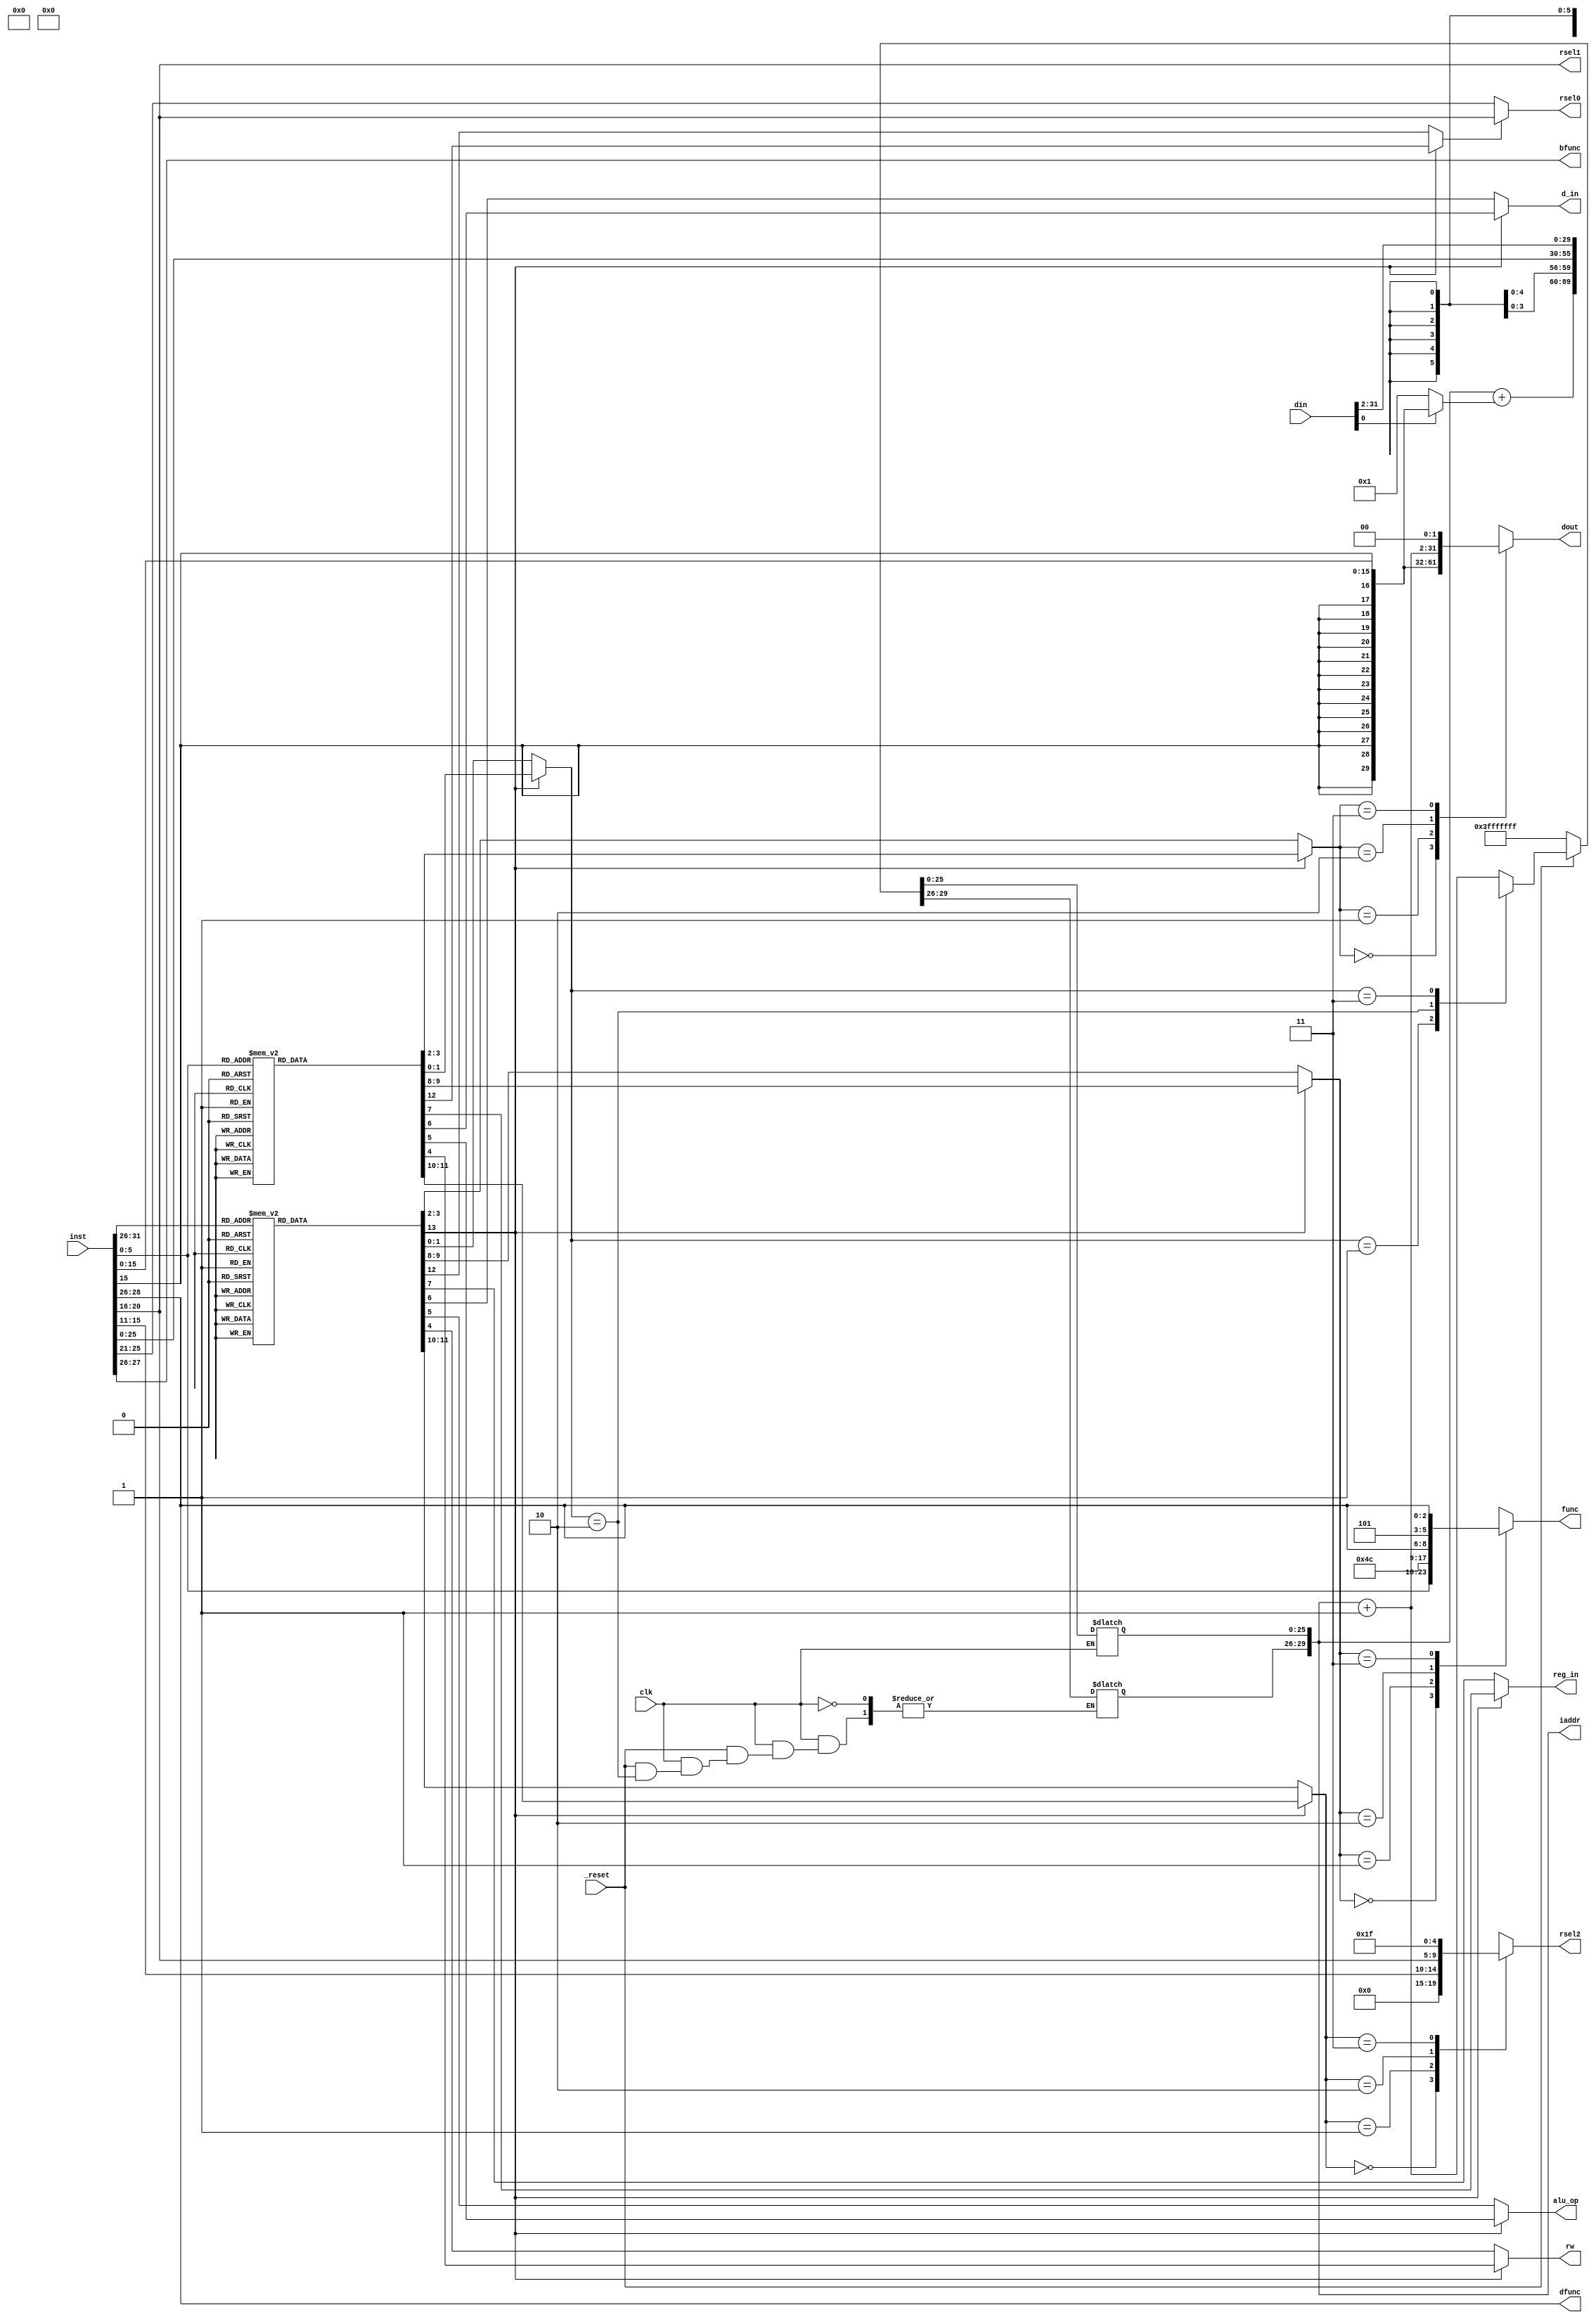
module controller(
	_reset,clk,
	inst,iaddr,
	rw,dfunc,bfunc,
	rsel0,rsel1,rsel2,func,
	alu_op,reg_in,d_in,
	dout,din
);
input _reset,clk;
input [31:0] inst,din;
output [31:2] iaddr;
output [31:0] dout;
output rw;
output [2:0] dfunc;
output [1:0] bfunc;
output [4:0] rsel0,rsel1,rsel2;
output [5:0] func;
output alu_op,reg_in,d_in;

reg [31:2] iaddr;
reg [31:0] dout;
wire [2:0] dfunc;
wire [1:0] bfunc;
wire [4:0] rsel0,rsel1;
reg [4:0] rsel2;
reg [5:0] func;

wire [5:0] opcode;
wire [4:0] rs,rt,rd;
wire [4:0] shamt;
wire [5:0] funct;
wire signed [15:0] imme;
wire [25:0] offset;

reg special,rsel0_src;
reg [1:0] rsel2_src,func_src;
reg reg_in,d_in,alu_op,rw;
reg [1:0] dout_src,j_mode;

reg [13:0] mc;

always@(clk)
begin
	if(clk)
	begin
		if(~_reset) iaddr=30'h3fffffff;
		else case(j_mode)
			default:iaddr=iaddr+1;
			1:iaddr=iaddr+(din[0]?{{16{imme[15]}},imme}:1);
			2:iaddr={iaddr[31:28],offset};
			3:iaddr=din[31:2];
		endcase
	end
end

assign {opcode,rs,rt,rd,shamt,funct}=inst;
assign imme=inst[15:0];
assign offset=inst[25:0];

/*
Microcode Fields
0	special		0:	1:ALU
1	rsel0_src	0:rs	1:rt
2:3	rsel2_src	00:0		01:rd		10:rt			11:31
4:5	func_src	00:funct	01:6'b001001	10:{3'b100,opcode[2:0]}	11:{3'b101,opcode[2:0]}
6	reg_in		0:alu	1:dataconv
7	d_in		0:reg	1:bu
8	alu_op		0:reg	1:dout
9	rw		0:r	1:w
10:11	dout_src	0:shamt	01:unsign imme	10:sign imme	11:iaddr+1
12:13	j_mode		0:norm	01:b	10:j	11:jr
*/

always@(opcode,funct)
begin
	case(opcode)
	0:  mc=14'b1_0_00_00_0_0_0_0_00_00;	//special
	2:  mc=14'b0_0_00_00_0_0_0_0_00_10;	//j
	3:  mc=14'b0_0_11_01_0_0_1_0_11_10;	//jal
	4:  mc=14'b0_0_00_00_0_1_0_0_00_01;	//beq
	5:  mc=14'b0_0_00_00_0_1_0_0_00_01;	//bne
	6:  mc=14'b0_0_00_00_0_1_0_0_00_01;	//blez
	7:  mc=14'b0_0_00_00_0_1_0_0_00_01;	//bgtz
	8:  mc=14'b0_0_10_10_0_0_1_0_10_00;	//addi
	9:  mc=14'b0_0_10_10_0_0_1_0_10_00;	//addiu
	10: mc=14'b0_0_10_11_0_0_1_0_10_00;	//slti
	11: mc=14'b0_0_10_11_0_0_1_0_10_00;	//sltiu
	12: mc=14'b0_0_10_10_0_0_1_0_01_00;	//andi
	13: mc=14'b0_0_10_10_0_0_1_0_01_00;	//ori
	14: mc=14'b0_0_10_10_0_0_1_0_01_00;	//xori
	15: mc=14'b0_0_10_00_1_0_0_0_01_00;	//lui
	32: mc=14'b0_0_10_00_1_0_0_0_01_00;	//lb
	33: mc=14'b0_0_10_00_1_0_0_0_01_00;	//lh
	34: mc=14'b0_0_10_00_1_0_0_0_01_00;	//lwl
	35: mc=14'b0_0_10_00_1_0_0_0_01_00;	//lw
	36: mc=14'b0_0_10_00_1_0_0_0_01_00;	//lbu
	37: mc=14'b0_0_10_00_1_0_0_0_01_00;	//lhu
	38: mc=14'b0_0_10_00_1_0_0_0_01_00;	//lwr
	40: mc=14'b0_0_00_00_0_0_0_1_01_00;	//sb
	41: mc=14'b0_0_00_00_0_0_0_1_01_00;	//sh
	42: mc=14'b0_0_00_00_0_0_0_1_01_00;	//swl
	43: mc=14'b0_0_00_00_0_0_0_1_01_00;	//sw
	46: mc=14'b0_0_00_00_0_0_0_1_01_00;	//swr
	default: mc=14'b0_0_00_00_0_0_0_0_00_00;
	endcase

	{special,rsel0_src,rsel2_src,func_src,reg_in,d_in,alu_op,rw,dout_src,j_mode}=mc;

	if(special)
	begin 
	case(funct)
	0: mc= 14'b1_1_01_00_0_0_1_0_00_00;	//sll
	2: mc= 14'b1_1_01_00_0_0_1_0_00_00;	//srl
	3: mc= 14'b1_1_01_00_0_0_1_0_00_00;	//sra
	4: mc= 14'b1_0_01_00_0_0_0_0_00_00;	//sllv
	6: mc= 14'b1_0_01_00_0_0_0_0_00_00;	//srlv
	7: mc= 14'b1_0_01_00_0_0_0_0_00_00;	//srav
	8: mc= 14'b1_0_01_00_0_0_0_0_00_11;	//jr
	9: mc= 14'b1_0_01_00_0_0_1_0_11_11;	//jalr
	16: mc=14'b1_0_01_00_0_0_0_0_00_00;	//mfhi
	17: mc=14'b1_0_01_00_0_0_0_0_00_00;	//mthi
	18: mc=14'b1_0_01_00_0_0_0_0_00_00;	//mflo
	19: mc=14'b1_0_01_00_0_0_0_0_00_00;	//mtlo
	24: mc=14'b1_0_01_00_0_0_0_0_00_00;	//mult
	25: mc=14'b1_0_01_00_0_0_0_0_00_00;	//multu
	26: mc=14'b1_0_01_00_0_0_0_0_00_00;	//div
	27: mc=14'b1_0_01_00_0_0_0_0_00_00;	//divu
	32: mc=14'b1_0_01_00_0_0_0_0_00_00;	//add
	33: mc=14'b1_0_01_00_0_0_0_0_00_00;	//addu
	34: mc=14'b1_0_01_00_0_0_0_0_00_00;	//sub
	35: mc=14'b1_0_01_00_0_0_0_0_00_00;	//subu
	36: mc=14'b1_0_01_00_0_0_0_0_00_00;	//and
	37: mc=14'b1_0_01_00_0_0_0_0_00_00;	//or
	38: mc=14'b1_0_01_00_0_0_0_0_00_00;	//xor
	39: mc=14'b1_0_01_00_0_0_0_0_00_00;	//nor
	42: mc=14'b1_0_01_00_0_0_0_0_00_00;	//slt
	43: mc=14'b1_0_01_00_0_0_0_0_00_00;	//sltu
	default: mc=14'b1_0_00_00_0_0_0_0_00_00;
	endcase

	{special,rsel0_src,rsel2_src,func_src,reg_in,d_in,alu_op,rw,dout_src,j_mode}=mc;
	end
end

assign rsel0=rsel0_src?rt:rs;
assign rsel1=rt;

always@(rsel2_src,rd,rt)
begin
	case(rsel2_src)
		0:rsel2=0;
		1:rsel2=rd;
		2:rsel2=rt;
		3:rsel2=31;
	endcase
end

always@(func_src,funct,opcode[2:0])
begin
	case(func_src)
		0:func=funct;
		1:func=6'b001001;
		2:func={3'b100,opcode[2:0]};
		3:func={3'b101,opcode[2:0]};
	endcase
end

always@(dout_src,shamt,imme,iaddr)
begin
	case(dout_src)
		0:dout=shamt;
		1:dout={16'b0,imme};
		2:dout=imme;
		3:dout={iaddr+1'b1,2'b0};
	endcase
end

assign dfunc=opcode[2:0];
assign bfunc=opcode[1:0];

endmodule